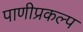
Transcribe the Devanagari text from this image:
पाणीप्रकल्प